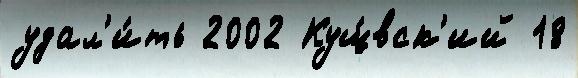
удал'и́ть 2002 Кущ́вск'ий 18